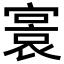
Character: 𡪭